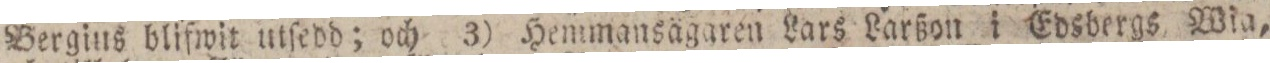
Bergius blifwit utſedd; och 3) Hemmansägaren Lars Larßon i Edsbergs Wia,